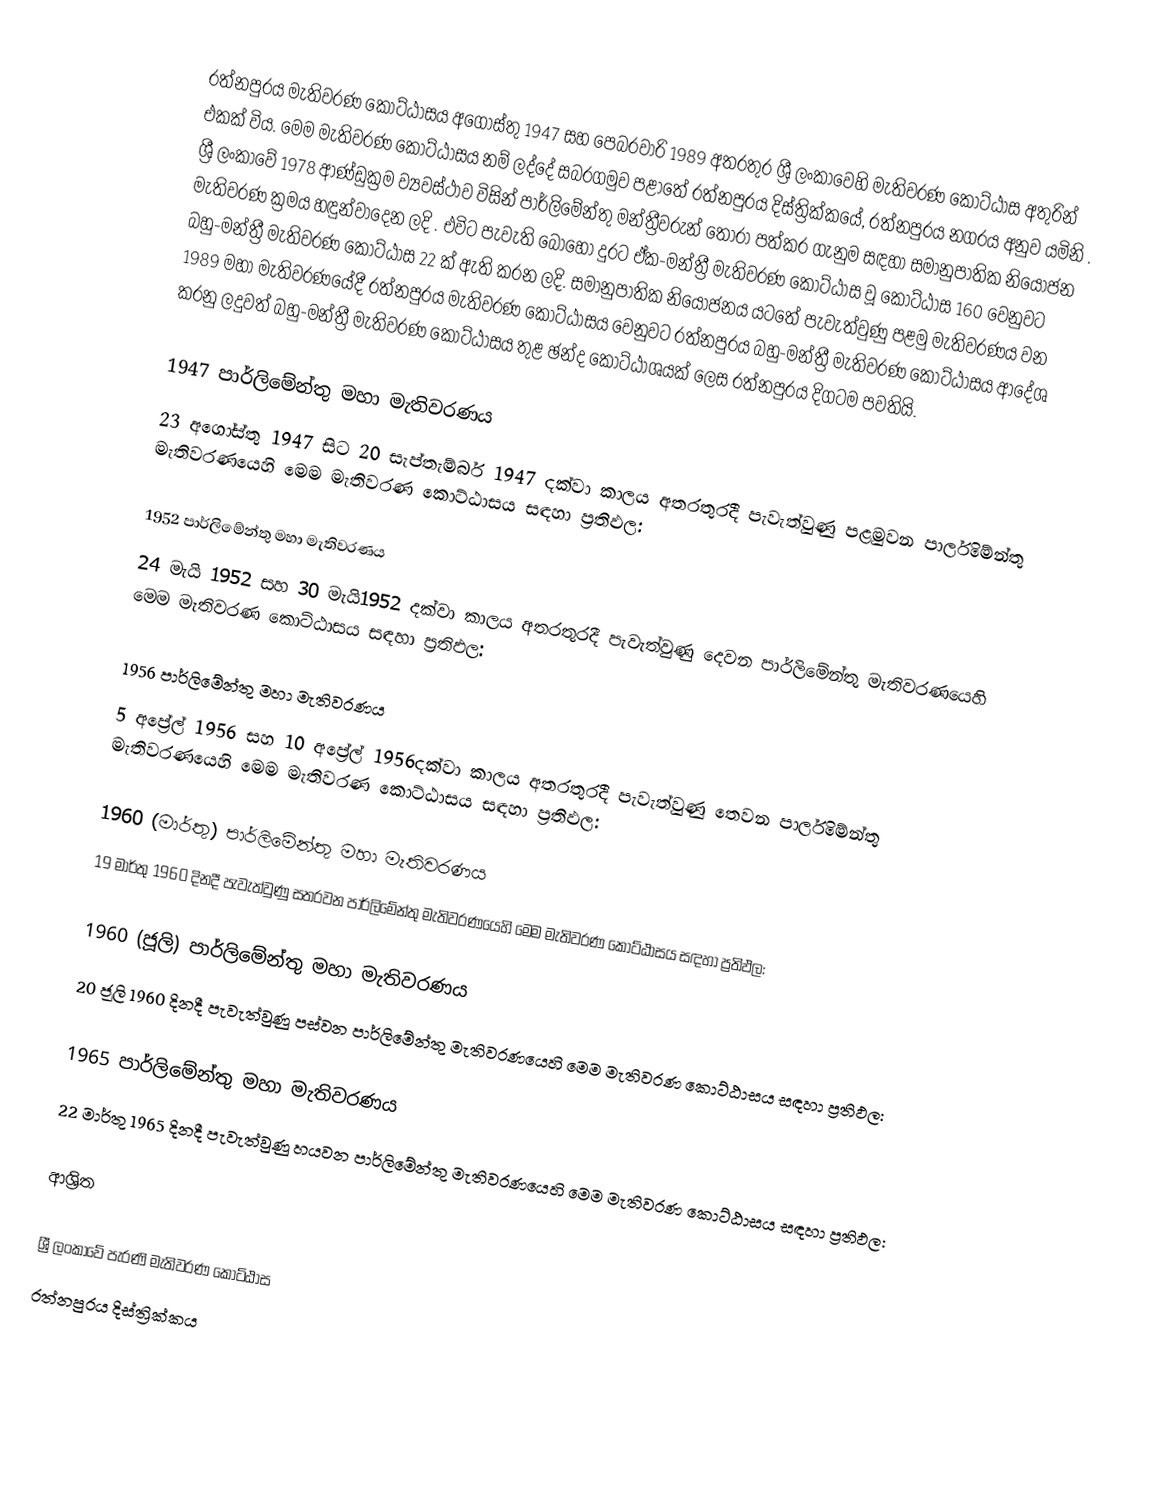
රත්නපුරය මැතිවරණ කොට්ඨාසය  අගෝස්තු 1947 සහ පෙබරවාරි 1989 අතරතුර  ශ්‍රී ලංකාවෙහි  මැතිවරණ කොට්ඨාස අතුරින් එකක් විය. මෙම මැතිවරණ කොට්ඨාසය නම් ලද්දේ  සබරගමුව පළාතේ  රත්නපුරය  දිස්ත්‍රික්කයේ,  රත්නපුරය නගරය අනුව යමිනි . ශ්‍රී ලංකාවේ 1978 ආණ්ඩුක්‍රම ව්‍යවස්ථාව විසින්   පාර්ලිමේන්තු මන්ත්‍රීවරුන් තෝරා පත්කර ගැනුම සඳහා සමානුපාතික නියෝජන මැතිවරණ ක්‍රමය හඳුන්වාදෙන ලදි . එවිට පැවැති බොහෝ දුරට  ඒක-මන්ත්‍රී මැතිවරණ කොට්ඨාස වූ කොට්ඨාස 160 වෙනුවට බහු-මන්ත්‍රී මැතිවරණ කොට්ඨාස 22 ක් ඇති කරන ලදි. සමානුපාතික නියෝජනය යටතේ පැවැත්වුණු පළමු මැතිවරණය වන 1989 මහා මැතිවරණයේදී  රත්නපුරය මැතිවරණ කොට්ඨාසය වෙනුවට  රත්නපුරය බහු-මන්ත්‍රී මැතිවරණ කොට්ඨාසය  ආදේශ කරනු ලදුවත් බහු-මන්ත්‍රී මැතිවරණ කොට්ඨාසය තුළ ඡන්ද කොට්ඨාශයක් ලෙස රත්නපුරය දිගටම පවතියි.

1947 පාර්ලිමේන්තු මහා මැතිවරණය
23 අගෝස්තු 1947 සිට 20 සැප්තැම්බර් 1947 දක්වා කාලය අතරතුරදී පැවැත්වුණු  පළමුවන පාර්ලිමේන්තු මැතිවරණයෙහි මෙම මැතිවරණ කොට්ඨාසය සඳහා ප්‍රතිඵල:

1952 පාර්ලිමේන්තු මහා මැතිවරණය
24 මැයි 1952 සහ 30 මැයි1952 දක්වා කාලය අතරතුරදී පැවැත්වුණු  දෙවන පාර්ලිමේන්තු මැතිවරණයෙහි මෙම මැතිවරණ කොට්ඨාසය සඳහා ප්‍රතිඵල:

1956 පාර්ලිමේන්තු මහා මැතිවරණය
5 අප්‍රේල් 1956 සහ 10 අප්‍රේල් 1956දක්වා කාලය අතරතුරදී පැවැත්වුණු  තෙවන පාර්ලිමේන්තු මැතිවරණයෙහි මෙම මැතිවරණ කොට්ඨාසය සඳහා ප්‍රතිඵල:

1960 (මාර්තු) පාර්ලිමේන්තු මහා මැතිවරණය
19 මාර්තු 1960 දිනදී පැවැත්වුණු  සතරවන පාර්ලිමේන්තු මැතිවරණයෙහි මෙම මැතිවරණ කොට්ඨාසය සඳහා ප්‍රතිඵල:

1960 (ජූලි) පාර්ලිමේන්තු මහා මැතිවරණය
20 ජූලි 1960 දිනදී පැවැත්වුණු  පස්වන පාර්ලිමේන්තු මැතිවරණයෙහි මෙම මැතිවරණ කොට්ඨාසය සඳහා ප්‍රතිඵල:

1965 පාර්ලිමේන්තු මහා මැතිවරණය
22 මාර්තු 1965  දිනදී පැවැත්වුණු  හයවන පාර්ලිමේන්තු මැතිවරණයෙහි මෙම මැතිවරණ කොට්ඨාසය සඳහා ප්‍රතිඵල:

ආශ්‍රිත

ශ්‍රී ලංකාවේ පැරණි මැතිවරණ කොට්ඨාස
 රත්නපුරය දිස්ත්‍රික්කය